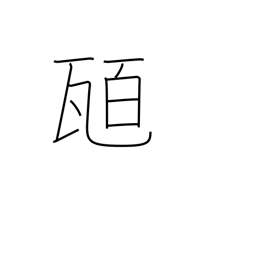
Meaning: hundred grams